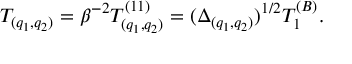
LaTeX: T _ { ( q _ { 1 } , q _ { 2 } ) } = \beta ^ { - 2 } T _ { ( q _ { 1 } , q _ { 2 } ) } ^ { ( 1 1 ) } = ( \Delta _ { ( q _ { 1 } , q _ { 2 } ) } ) ^ { 1 / 2 } T _ { 1 } ^ { ( B ) } .